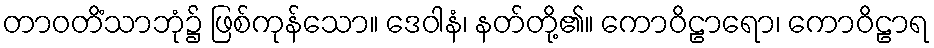
တာဝတိံသာဘုံ၌ ဖြစ်ကုန်သော။ ဒေဝါနံ၊ နတ်တို့၏။ ကောဝိဠာရော၊ ကောဝိဠာရ